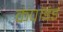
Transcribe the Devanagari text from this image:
कंपाइंड